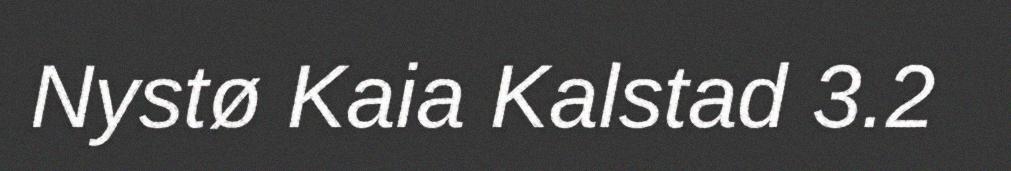
Nystø Kaia Kalstad 3.2